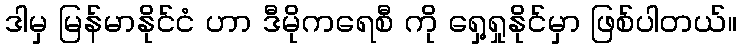
ဒါမှ မြန်မာနိုင်ငံ ဟာ ဒီမိုကရေစီ ကို ရှေ့ရှုနိုင်မှာ ဖြစ်ပါတယ်။